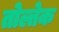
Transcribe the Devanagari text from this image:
तोल्तेक